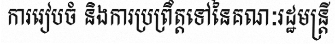
ការរៀបចំ និងការប្រព្រឹត្តទៅនៃគណៈរដ្ឋមន្ត្រី